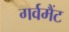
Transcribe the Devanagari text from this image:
गर्वमैंट